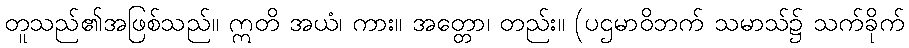
တူသည်၏အဖြစ်သည်။ ဣတိ အယံ၊ ကား။ အတ္တော၊ တည်း။ (ပဌမာဝိဘက် သမာသ်၌ သက်ခိုက်